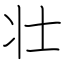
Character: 壮